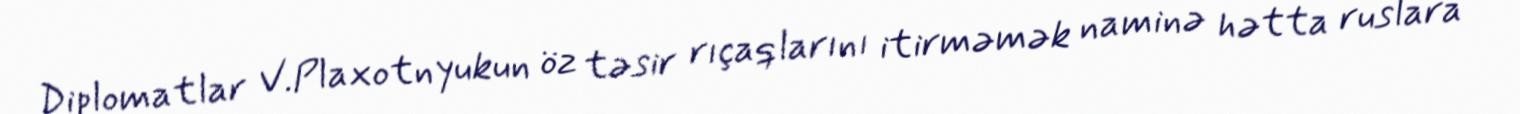
Diplomatlar V.Plaxotnyukun öz təsir rıçaqlarını itirməmək naminə hətta ruslara